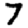
Digit: 7